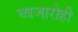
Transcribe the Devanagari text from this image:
ध्वजारोही